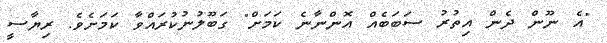
"އެ ނޫން ދެން އިތުރު ސަބަބެއް އޮންނާނެ ކަމަށް" ގަބޫލުނުކުރައްވާ ކަމަށެވެ. ރިޔާސީ